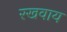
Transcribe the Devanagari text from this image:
रखवाय